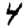
Digit: 4